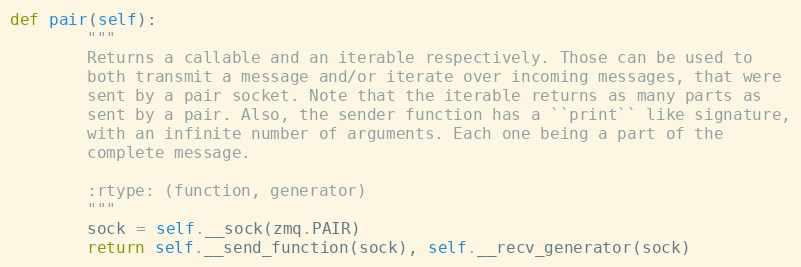
Language: Python
def pair(self):
        """
        Returns a callable and an iterable respectively. Those can be used to
        both transmit a message and/or iterate over incoming messages, that were
        sent by a pair socket. Note that the iterable returns as many parts as
        sent by a pair. Also, the sender function has a ``print`` like signature,
        with an infinite number of arguments. Each one being a part of the
        complete message.

        :rtype: (function, generator)
        """
        sock = self.__sock(zmq.PAIR)
        return self.__send_function(sock), self.__recv_generator(sock)